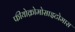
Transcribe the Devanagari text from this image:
फीयोक्रोमोसाइटोमास